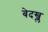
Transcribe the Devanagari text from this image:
बेदख्ल